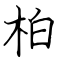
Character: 柏